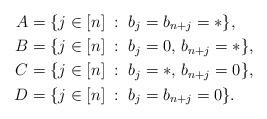
LaTeX: \begin{align*}A &= \{j\in [n] \;:\; b_j=b_{n+j}=*\},\\B &= \{j\in [n] \;:\; b_j=0, \, b_{n+j}=*\},\\C &= \{j\in [n] \;:\; b_j=*, \, b_{n+j}=0\},\\D &= \{j\in [n] \;:\; b_j=b_{n+j}=0\}.\end{align*}